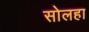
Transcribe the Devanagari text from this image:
सोलहा